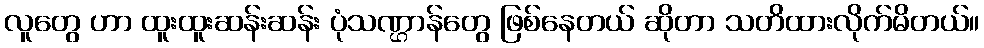
လူတွေ ဟာ ထူးထူးဆန်းဆန်း ပုံသဏ္ဌာန်တွေ ဖြစ်နေတယ် ဆိုတာ သတိထားလိုက်မိတယ်။